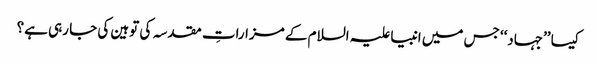
کیسا ’’جہاد‘‘ جس میں انبیا علیہ السلام کے مزاراتِ مقدسہ کی توہین کی جا رہی ہے؟